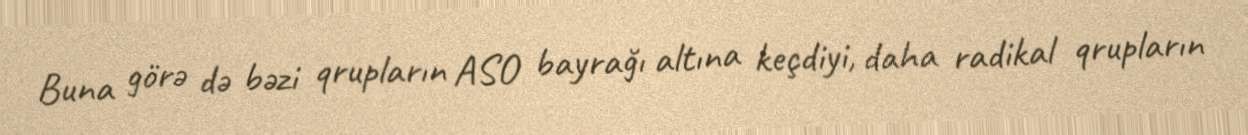
Buna görə də bəzi qrupların ASO bayrağı altına keçdiyi, daha radikal qrupların